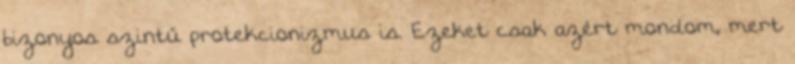
bizonyos szintű protekcionizmus is. Ezeket csak azért mondom, mert